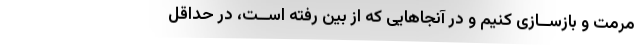
مرمت و بازســازی کنیم و در آنجاهایی که از بین رفته اســت، در حداقل